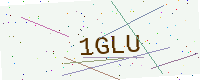
Text: 1GLU